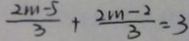
\frac { 2 m - 5 } { 3 } + \frac { 2 m - 2 } { 3 } = 3